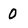
Character: 0